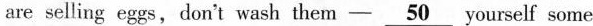
are selling eggs,don't wash them - \underline{50} yourself some